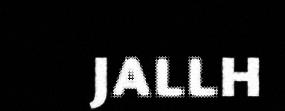
JALLH